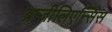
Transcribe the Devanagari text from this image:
ब्राजीलिएन्सिस